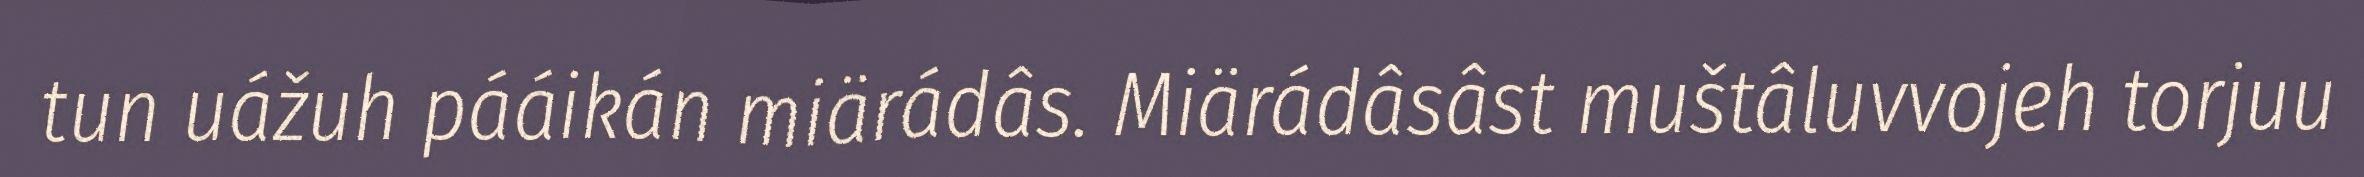
tun uážuh pááikán miärádâs. Miärádâsâst muštâluvvojeh torjuu